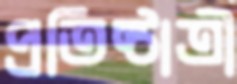
প্রতিষ্ঠাত্রী